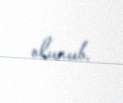
olunub.